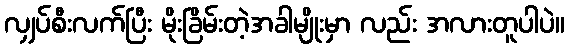
လျှပ်စီးလက်ပြီး မိုးခြိမ်းတဲ့အခါမျိုးမှာ လည်း အလားတူပါပဲ။